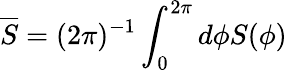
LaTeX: \overline{S}=(2\pi)^{-1}\int_{0}^{2\pi}d\phi S(\phi)